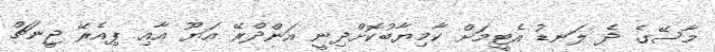
މާސޭގެ ދެ ލަނޑު އެޓީމަށް ކާމިޔާބުކޮށްދިނީ އަންދްރޭ އަޔޫ އާއި ޕިއެރޭ ޖީނަޗް